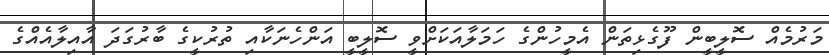
މަރުމެއް ސޮލީބީން ފޫގެޅިތަން އެމީހުންގެ ހަމަލާއަކަށްވީ ސޮލީބީ އަންހެނަކާއި ތުރުކީގެ ބާރުގަދަ އާއިލާއެއްގެ